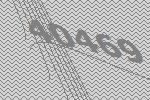
40469